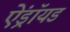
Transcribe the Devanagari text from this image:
ऐंड्रॉयड